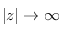
| z | \to \infty